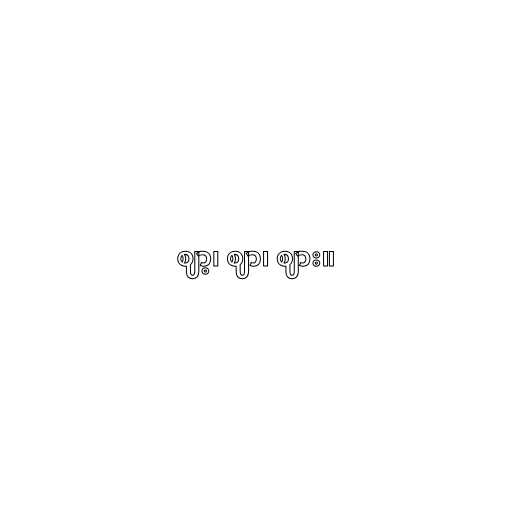
ဈာ့၊ ဈာ၊ ဈား။